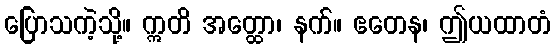
ပြောသကဲ့သို့။ ဣတိ အတ္ထော၊ နက်။ ဧတေန၊ ဤယထာတံ